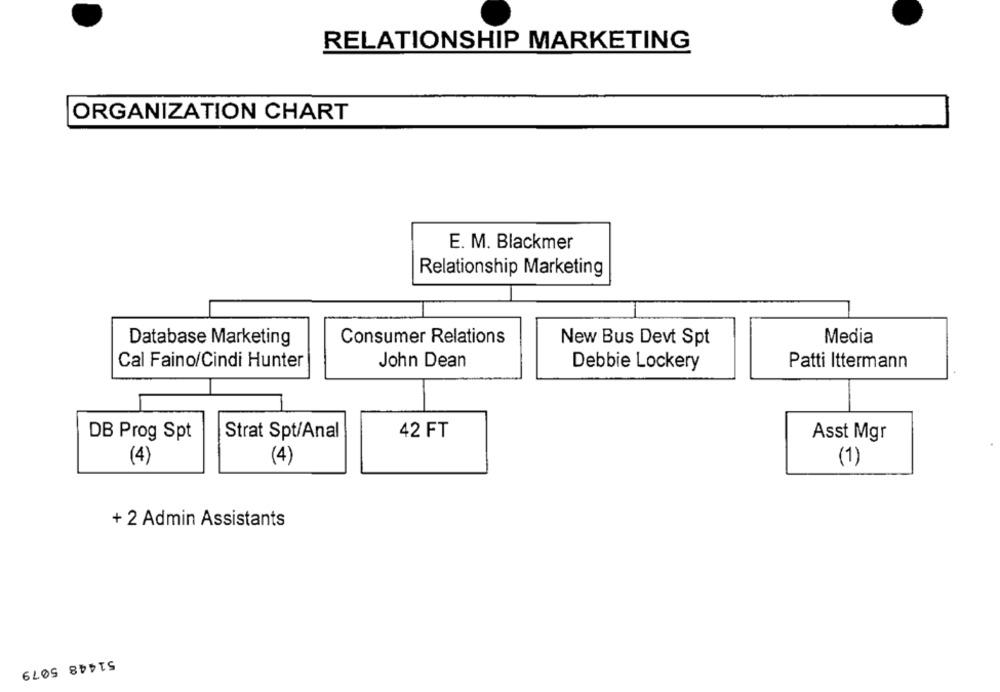
RELATIONSHIP MARKETING
ORGANIZATION CHART
E. M. Blackmer
Relationship Marketing
Media
Database Marketing
Consumer Relations
New Bus Devt Spt
Cal Faino/Cindi Hunter
John Dean
Debbie Lockery
Patti Ittermann
Strat Spt/Anal
42 FT
Asst Mgr
DB Prog Spt
(4)
(4)
(1)
+ 2 Admin Assistants
51448 5079